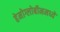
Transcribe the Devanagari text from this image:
हेमोग्लोबीनमध्ये